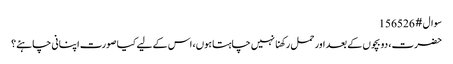
سوال # 156526
حضرت، دو بچوں کے بعد اور حمل رکھنا نہیں چاہتا ہوں، اس کے لیے کیا صورت اپنانی چاہئے؟